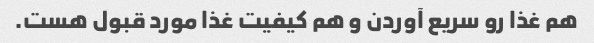
هم غذا رو سریع آوردن و هم کیفیت غذا مورد قبول هست.